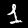
Label: 1